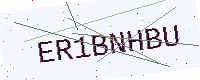
Text: ER1BNHBU